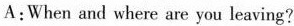
A:When and where are you leaving?